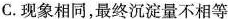
C.现象相同，最终沉淀量不相等